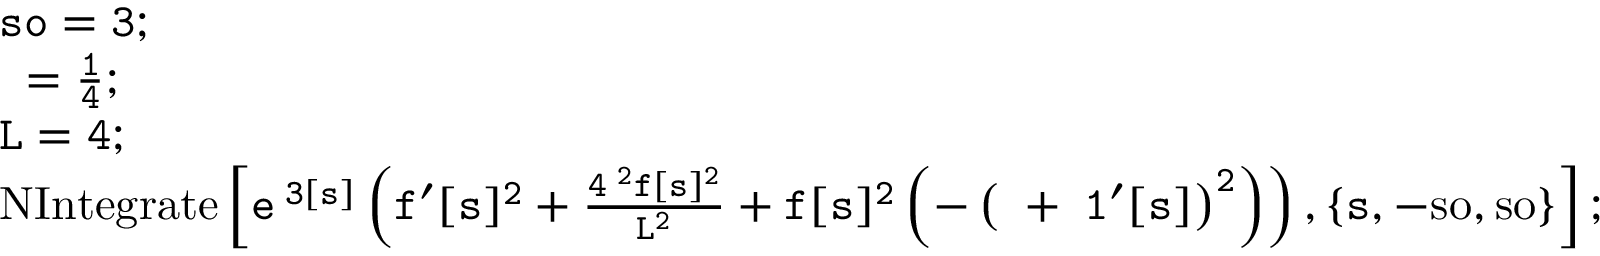
\begin{array} { r l } & { \tt { s o = 3 ; } } \\ & { \tt { \lambda = \frac { 1 } { 4 } ; } } \\ & { \tt { L = 4 ; } } \\ & { \tt { \mathrm { N I n t e g r a t e } \left[ e ^ { \alpha 3 [ s ] } \left( f ^ { \prime } [ s ] ^ { 2 } + \frac { 4 \pi ^ { 2 } f [ s ] ^ { 2 } } { L ^ { 2 } } + f [ s ] ^ { 2 } \left( - \left( \lambda + \alpha 1 ^ { \prime } [ s ] \right) ^ { 2 } \right) \right) , \{ s , - \mathrm { s o } , \mathrm { s o } \} \right] ; } } \end{array}